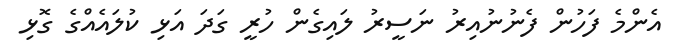
އެންމެ ފަހުން ފެނުނުއިރު ނަސީރު ލައިގެން ހުރީ ގަދަ އަޅި ކުލައެއްގެ ގޮޅި